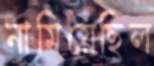
নামিয়েছিল